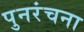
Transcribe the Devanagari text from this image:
पुनरंचना